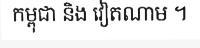
កម្ពុជា និង វៀតណាម ។